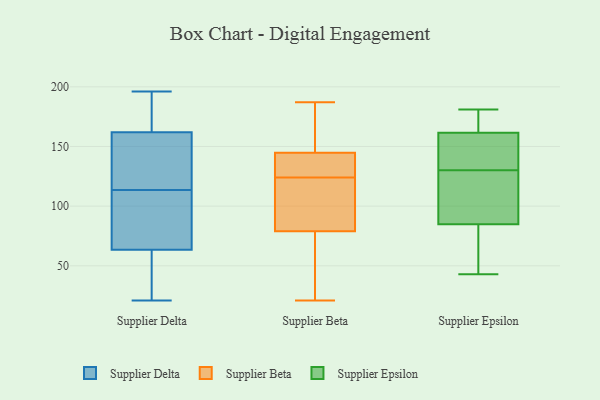
{"axis": {"x": "Website Visitors", "y": "Value"}, "legend": ["Supplier Beta", "Supplier Delta", "Supplier Epsilon"], "data": [{"x": "", "y": 148, "type": "Supplier Delta"}, {"x": "", "y": 196, "type": "Supplier Delta"}, {"x": "", "y": 26, "type": "Supplier Delta"}, {"x": "", "y": 81, "type": "Supplier Delta"}, {"x": "", "y": 104, "type": "Supplier Delta"}, {"x": "", "y": 148, "type": "Supplier Delta"}, {"x": "", "y": 176, "type": "Supplier Delta"}, {"x": "", "y": 191, "type": "Supplier Delta"}, {"x": "", "y": 89, "type": "Supplier Delta"}, {"x": "", "y": 46, "type": "Supplier Delta"}, {"x": "", "y": 123, "type": "Supplier Delta"}, {"x": "", "y": 21, "type": "Supplier Delta"}, {"x": "", "y": 51, "type": "Supplier Beta"}, {"x": "", "y": 98, "type": "Supplier Beta"}, {"x": "", "y": 108, "type": "Supplier Beta"}, {"x": "", "y": 62, "type": "Supplier Beta"}, {"x": "", "y": 139, "type": "Supplier Beta"}, {"x": "", "y": 124, "type": "Supplier Beta"}, {"x": "", "y": 150, "type": "Supplier Beta"}, {"x": "", "y": 143, "type": "Supplier Beta"}, {"x": "", "y": 176, "type": "Supplier Beta"}, {"x": "", "y": 127, "type": "Supplier Beta"}, {"x": "", "y": 124, "type": "Supplier Beta"}, {"x": "", "y": 76, "type": "Supplier Beta"}, {"x": "", "y": 21, "type": "Supplier Beta"}, {"x": "", "y": 138, "type": "Supplier Beta"}, {"x": "", "y": 187, "type": "Supplier Beta"}, {"x": "", "y": 80, "type": "Supplier Beta"}, {"x": "", "y": 161, "type": "Supplier Beta"}, {"x": "", "y": 181, "type": "Supplier Epsilon"}, {"x": "", "y": 133, "type": "Supplier Epsilon"}, {"x": "", "y": 97, "type": "Supplier Epsilon"}, {"x": "", "y": 179, "type": "Supplier Epsilon"}, {"x": "", "y": 109, "type": "Supplier Epsilon"}, {"x": "", "y": 178, "type": "Supplier Epsilon"}, {"x": "", "y": 51, "type": "Supplier Epsilon"}, {"x": "", "y": 96, "type": "Supplier Epsilon"}, {"x": "", "y": 156, "type": "Supplier Epsilon"}, {"x": "", "y": 43, "type": "Supplier Epsilon"}, {"x": "", "y": 47, "type": "Supplier Epsilon"}, {"x": "", "y": 140, "type": "Supplier Epsilon"}, {"x": "", "y": 130, "type": "Supplier Epsilon"}]}